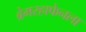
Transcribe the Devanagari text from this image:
ब्रेमरहाफेनला